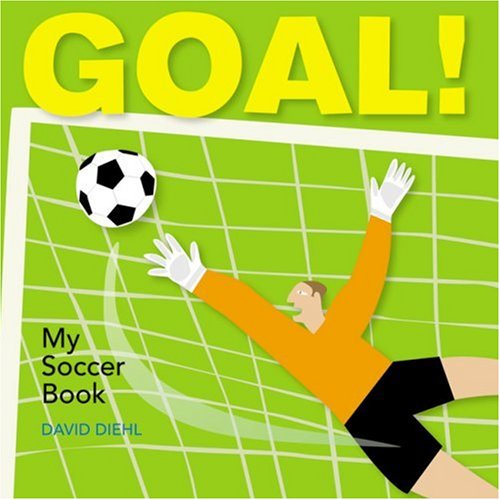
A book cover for Goal! My Soccer Book; David Diehl; Children's Books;